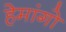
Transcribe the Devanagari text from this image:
हेमांगो